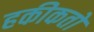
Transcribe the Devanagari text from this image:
हकीकतों